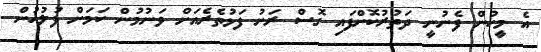
އެ މީހުން ފެނުނީ ދަތުރުކޮށްފައި ގޮސް ރަށު ފަޅުތެރެއަށް ވަނުމުން ކަމަށް ފުލުހުން